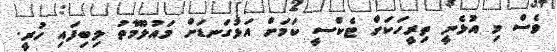
ވެސް މި އުޅެނީ ތިރީހަކަށް ޓެކްސީ ކަމަށް އަޅުގަނޑަށް މައުލޫމާތު ލިބިފައި ހުރީ.